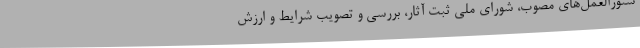
ستورالعمل‌های مصوب، شورای ملی ثبت آثار، بررسی و تصویب شرایط و ارزش